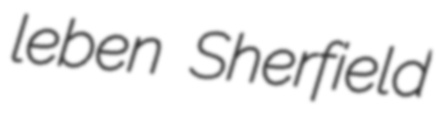
leben Sherfield